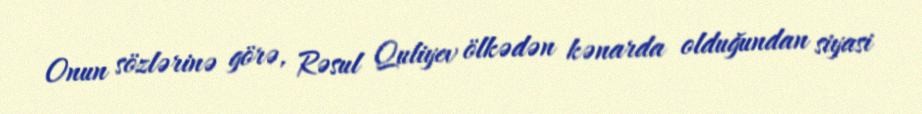
Onun sözlərinə görə, Rəsul Quliyev ölkədən kənarda olduğundan siyasi